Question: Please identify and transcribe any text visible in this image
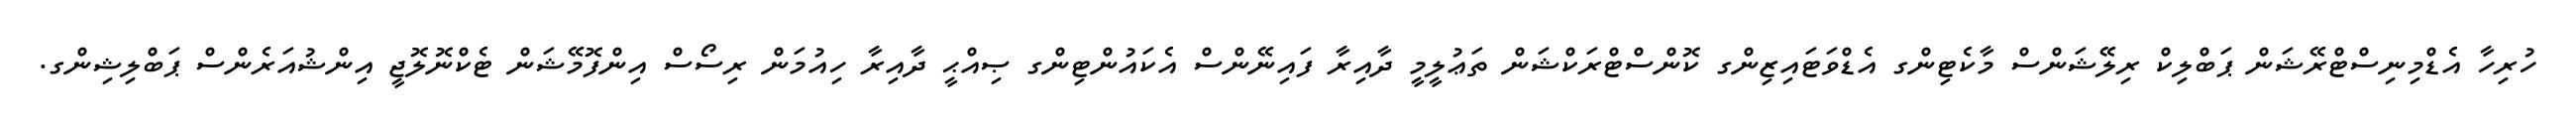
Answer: ހުރިހާ އެޑްމިނިސްޓްރޭޝަން ޕަބްލިކް ރިލޭޝަންސް މާކެޓިންގ އެޑްވަޓައިޒިންގ ކޮންސްޓްރަކްޝަން ތަޢުލީމީ ދާއިރާ ފައިނޭންސް އެކައުންޓިންގ ޞިއްޙީ ދާއިރާ ހިއުމަން ރިސޯސް އިންފޮމޭޝަން ޓެކްނޮލޮޖީ އިންޝުއަރެންސް ޕަބްލިޝިންގ.